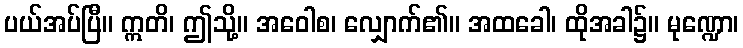
ပယ်အပ်ပြီ။ ဣတိ၊ ဤသို့။ အဝေါစ၊ လျှောက်၏။ အထခေါ၊ ထိုအခါ၌။ မုဏ္ဍော၊